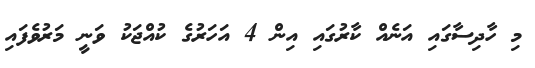
މި ހާދިސާގައި އަނެއް ކާރުގައި އިން 4 އަހަރުގެ ކުއްޖަކު ވަނީ މަރުވެފައި